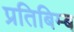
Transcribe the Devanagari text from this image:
प्रतिबिम्‍ब